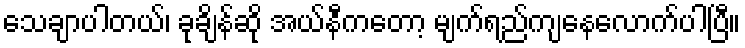
သေချာပါတယ်၊ ခုချိန်ဆို အယ်နီကတော့ မျက်ရည်ကျနေလောက်ပါပြီ။